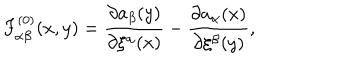
LaTeX: F _ { \alpha \beta } ^ { ( 0 ) } ( x , y ) = \frac { \partial a _ { \beta } ( y ) } { \partial \xi ^ { \alpha } ( x ) } - \frac { \partial a _ { \alpha } ( x ) } { \partial \xi ^ { \beta } ( y ) } ,